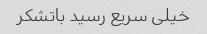
خیلی سریع رسید باتشکر